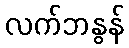
လက်ဘနွန်